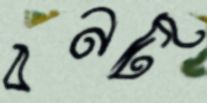
বনটি